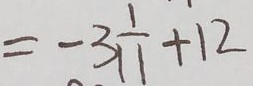
= - 3 - \frac { 1 } { 1 1 } + 1 2